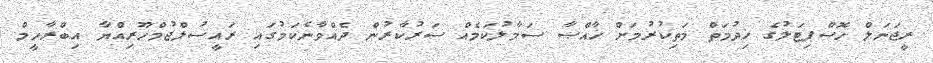
ރީޖަނަލް ހޮސްޕިޓަލުގެ ޚިދުމަތް މަތިކުރުމަށް ޚާއްޞާ ސަމާލުކަމެއް ސަރުކާރުން ދެއްވާނެކަމުގައި ރައީސުލްޖުމްހޫރިއްޔާ އިބްރާހީމް